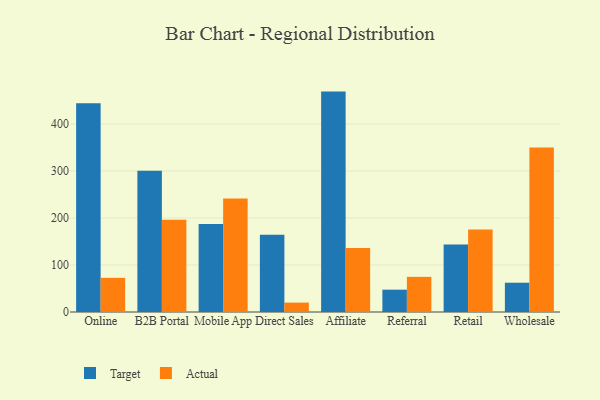
{"axis": {"x": "Channel", "y": "Gross Profit (USD K)"}, "legend": ["Actual", "Target"], "data": [{"x": "Online", "y": 444.1, "type": "Target"}, {"x": "Online", "y": 72.7, "type": "Actual"}, {"x": "B2B Portal", "y": 300.7, "type": "Target"}, {"x": "B2B Portal", "y": 196.4, "type": "Actual"}, {"x": "Mobile App", "y": 187.1, "type": "Target"}, {"x": "Mobile App", "y": 241.6, "type": "Actual"}, {"x": "Direct Sales", "y": 164.3, "type": "Target"}, {"x": "Direct Sales", "y": 20.0, "type": "Actual"}, {"x": "Affiliate", "y": 469.0, "type": "Target"}, {"x": "Affiliate", "y": 136.1, "type": "Actual"}, {"x": "Referral", "y": 47.5, "type": "Target"}, {"x": "Referral", "y": 74.8, "type": "Actual"}, {"x": "Retail", "y": 143.4, "type": "Target"}, {"x": "Retail", "y": 175.7, "type": "Actual"}, {"x": "Wholesale", "y": 62.3, "type": "Target"}, {"x": "Wholesale", "y": 350.1, "type": "Actual"}]}